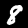
Digit: 8